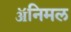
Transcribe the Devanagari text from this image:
ॲनिमल